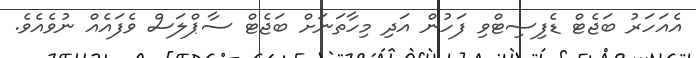
އެއަހަރު ބަޖެޓް ޑެފިސިޓްވި ފަހުން އަދި މިހާތަނަށް ބަޖެޓް ސާޕްލަސް ވެފައެއް ނުވެއެވެ.